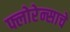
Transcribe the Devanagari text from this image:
फ्लोरेन्साचे